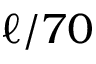
\ell / 7 0